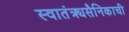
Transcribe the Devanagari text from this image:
स्वातंत्र्यसैनिकाची